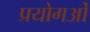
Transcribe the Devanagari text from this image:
प्रयोगओं